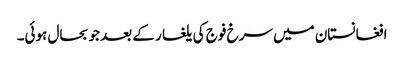
افغانستان میں سرخ فوج کی یلغار کے بعد جو بحال ہوئی۔